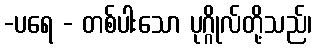
-ပရေ - တစ်ပါးသော ပုဂ္ဂိုလ်တို့သည်၊